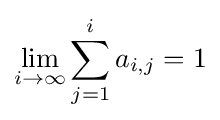
\lim _{i\to \infty }\sum _{j=1}^{i}a_{i,j}=1